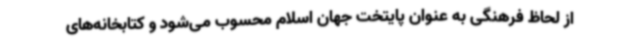
از لحاظ فرهنگی به عنوان پایتخت جهان اسلام محسوب می‌شود و کتابخانه‌های